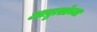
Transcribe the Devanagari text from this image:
आब्रुत्सोच्या